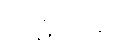
ဃဋိကာရ